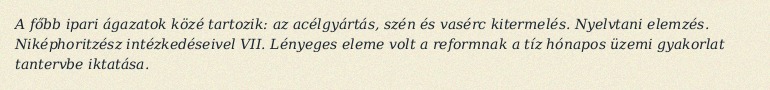
A főbb ipari ágazatok közé tartozik: az acélgyártás, szén és vasérc kitermelés. Nyelvtani elemzés. Niképhoritzész intézkedéseivel VII. Lényeges eleme volt a reformnak a tíz hónapos üzemi gyakorlat tantervbe iktatása.